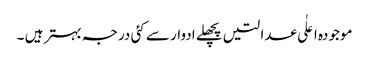
موجودہ اعلٰی عدالتیں پچھلے ادوار سے کئی درجہ بہتر ہیں ۔